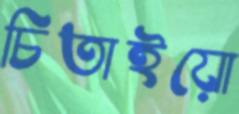
চিতাইয়ো